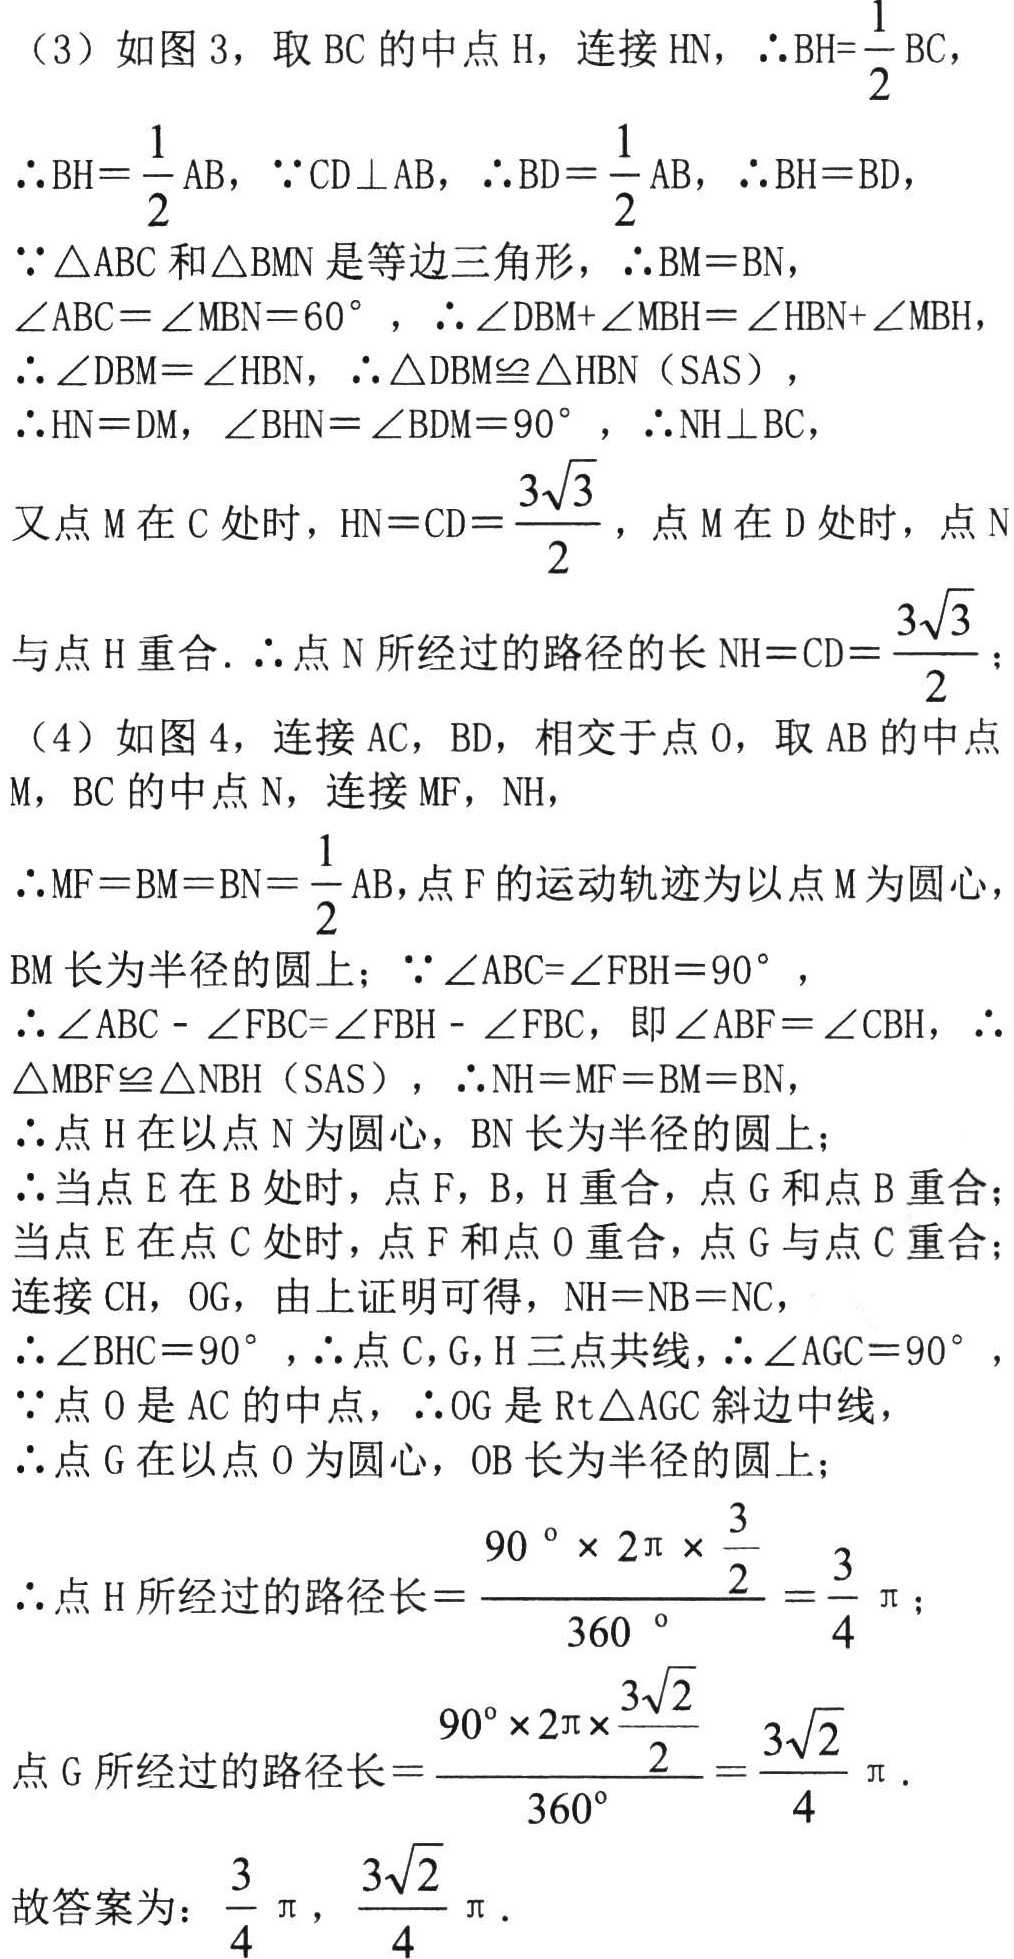
（3）如图 3，取 \(BC\) 的中点 \(H\)，连接 \(HN\)，\(\therefore BH = \dfrac{1}{2}BC\)，
\(\therefore BH=\dfrac{1}{2}AB\)，\(\because CD\perp AB\)，\(\therefore BD = \dfrac{1}{2}AB\)，\(\therefore BH = BD\)，
\(\because\triangle ABC\) 和 \(\triangle BMN\) 是等边三角形，\(\therefore BM = BN\)，
\(\angle ABC=\angle MBN = 60^{\circ}\)，\(\therefore\angle DBM+\angle MBH=\angle HBN+\angle MBH\)，
\(\therefore\angle DBM=\angle HBN\)，\(\therefore\triangle DBM\cong\triangle HBN\)（SAS），
\(\therefore HN = DM\)，\(\angle BHN=\angle BDM = 90^{\circ}\)，\(\therefore NH\perp BC\)，
又点 \(M\) 在 \(C\) 处时，\(HN = CD=\dfrac{3\sqrt{3}}{2}\)，点 \(M\) 在 \(D\) 处时，点 \(N\)
与点 \(H\) 重合. \(\therefore\)点 \(N\) 所经过的路径的长 \(NH = CD=\dfrac{3\sqrt{3}}{2}\)；
（4）如图 4，连接 \(AC\)，\(BD\)，相交于点 \(O\)，取 \(AB\) 的中点 \(M\)，\(BC\) 的中点 \(N\)，连接 \(MF\)，\(NH\)，
\(\therefore MF = BM = BN=\dfrac{1}{2}AB\)，点 \(F\) 的运动轨迹为以点 \(M\) 为圆心，
\(BM\) 长为半径的圆上；\(\because\angle ABC=\angle FBH = 90^{\circ}\)，
\(\therefore\angle ABC-\angle FBC=\angle FBH-\angle FBC\)，即 \(\angle ABF=\angle CBH\)，\(\therefore\)
\(\triangle MBF\cong\triangle NBH\)（SAS），\(\therefore NH = MF = BM = BN\)，
\(\therefore\)点 \(H\) 在以点 \(N\) 为圆心，\(BN\) 长为半径的圆上；
\(\therefore\)当点 \(E\) 在 \(B\) 处时，点 \(F\)，\(B\)，\(H\) 重合，点 \(G\) 和点 \(B\) 重合；
当点 \(E\) 在点 \(C\) 处时，点 \(F\) 和点 \(O\) 重合，点 \(G\) 与点 \(C\) 重合；
连接 \(CH\)，\(OG\)，由上证明可得，\(NH = NB = NC\)，
\(\therefore\angle BHC = 90^{\circ}\)，\(\therefore\)点 \(C\)，\(G\)，\(H\) 三点共线，\(\therefore\angle AGC = 90^{\circ}\)，
\(\because\)点 \(O\) 是 \(AC\) 的中点，\(\therefore OG\) 是 \(\text{Rt}\triangle AGC\) 斜边中线，
\(\therefore\)点 \(G\) 在以点 \(O\) 为圆心，\(OB\) 长为半径的圆上；
\(\therefore\)点 \(H\) 所经过的路径长\(=\dfrac{90\ ^{\circ}\times 2\pi\times\dfrac{3}{2}}{360\ ^{\circ}}=\dfrac{3}{4}\pi\)；
点 \(G\) 所经过的路径长\(=\dfrac{90^{\circ}\times 2\pi\times\dfrac{3\sqrt{2}}{2}}{360^{\circ}}=\dfrac{3\sqrt{2}}{4}\pi\).
故答案为：\(\dfrac{3}{4}\pi\)，\(\dfrac{3\sqrt{2}}{4}\pi\).